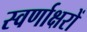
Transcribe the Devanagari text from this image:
स्‍वर्णाक्षरों